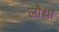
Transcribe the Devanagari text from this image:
लोथा